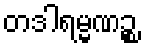
တဒါရမ္မဏဉ္စ